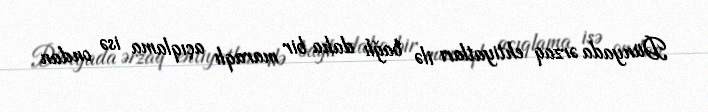
Dünyada ərzaq ehtiyatları ilə bağlı daha bir maraqlı açıqlama isə ondan